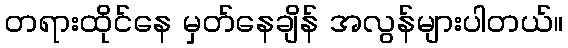
တရားထိုင်နေ မှတ်နေချိန် အလွန်များပါတယ်။